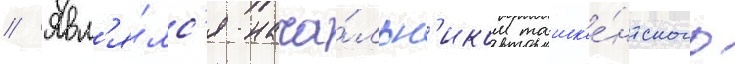
// Явл'я́лс'я нача́льн'иком ташк'е́нтского